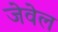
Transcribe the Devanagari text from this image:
जेवेल